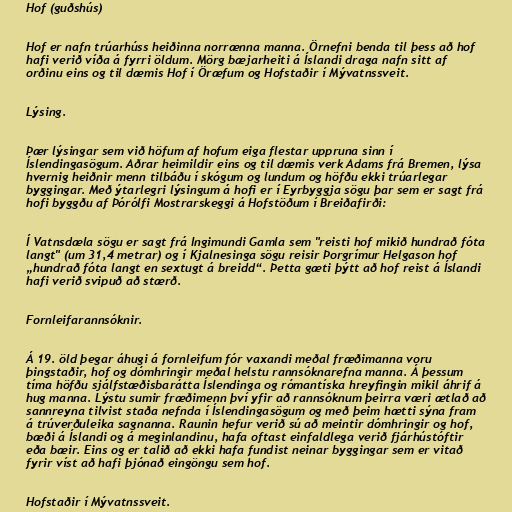
Hof (guðshús)

Hof er nafn trúarhúss heiðinna norrænna manna. Örnefni benda til þess að hof
hafi verið víða á fyrri öldum. Mörg bæjarheiti á Íslandi draga nafn sitt af
orðinu eins og til dæmis Hof í Öræfum og Hofstaðir í Mývatnssveit.

Lýsing.

Þær lýsingar sem við höfum af hofum eiga flestar uppruna sinn í
Íslendingasögum. Aðrar heimildir eins og til dæmis verk Adams frá Bremen, lýsa
hvernig heiðnir menn tilbáðu í skógum og lundum og höfðu ekki trúarlegar
byggingar. Með ýtarlegri lýsingum á hofi er í Eyrbyggja sögu þar sem er sagt frá
hofi byggðu af Þórólfi Mostrarskeggi á Hofstöðum í Breiðafirði:

Í Vatnsdæla sögu er sagt frá Ingimundi Gamla sem "reisti hof mikið hundrað fóta
langt" (um 31,4 metrar) og í Kjalnesinga sögu reisir Þorgrímur Helgason hof
„hundrað fóta langt en sextugt á breidd“. Þetta gæti þýtt að hof reist á Íslandi
hafi verið svipuð að stærð.

Fornleifarannsóknir.

Á 19. öld þegar áhugi á fornleifum fór vaxandi meðal fræðimanna voru
þingstaðir, hof og dómhringir meðal helstu rannsóknarefna manna. Á þessum
tíma höfðu sjálfstæðisbarátta Íslendinga og rómantíska hreyfingin mikil áhrif á
hug manna. Lýstu sumir fræðimenn því yfir að rannsóknum þeirra væri ætlað að
sannreyna tilvist staða nefnda í Íslendingasögum og með þeim hætti sýna fram
á trúverðuleika sagnanna. Raunin hefur verið sú að meintir dómhringir og hof,
bæði á Íslandi og á meginlandinu, hafa oftast einfaldlega verið fjárhústóftir
eða bæir. Eins og er talið að ekki hafa fundist neinar byggingar sem er vitað
fyrir víst að hafi þjónað eingöngu sem hof.

Hofstaðir í Mývatnssveit.